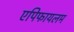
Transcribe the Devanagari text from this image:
एपिफायलम